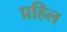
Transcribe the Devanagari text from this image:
प्रहिल